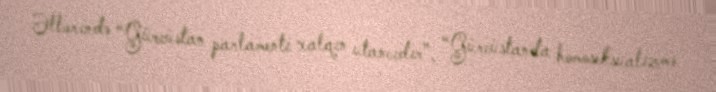
Əllərində “Gürcüstan parlamenti xalqın utancıdır”, “Gürcüstanda homoseksualizmə